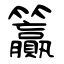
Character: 籯